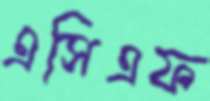
এসিএফ